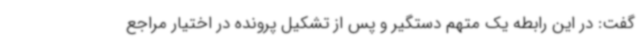
گفت: در این رابطه یک متهم دستگیر و پس از تشکیل پرونده در اختیار مراجع